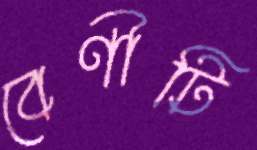
বেণীটি